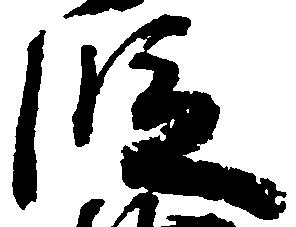
段